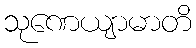
သုဏေယျာမာတိ